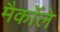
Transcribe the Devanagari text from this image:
मैकाॅले